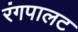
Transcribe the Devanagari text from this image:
रंगपालट